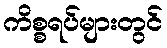
ကိစ္စရပ်များတွင်